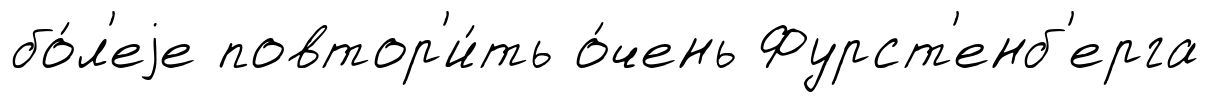
бо́л'еjе повтор'и́ть о́чень Фурст'енб'ерга